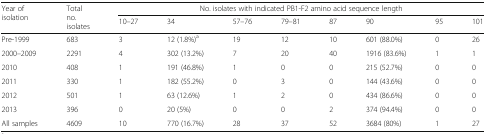
<table><thead><tr><td rowspan="2"><b>Year of isolation</b></td><td rowspan="2"><b>Total no. isolates</b></td><td colspan="8"><b>No. isolates with indicated PB1-F2 amino acid sequence length</b></td></tr><tr><td><b>10–27</b></td><td><b>34</b></td><td><b>57–76</b></td><td><b>79–81</b></td><td><b>87</b></td><td><b>90</b></td><td><b>95</b></td><td><b>101</b></td></tr></thead><tbody><tr><td>Pre-1999</td><td>683</td><td>3</td><td>12 (1.8%)<sup>a</sup></td><td>19</td><td>12</td><td>10</td><td>601 (88.0%)</td><td>0</td><td>26</td></tr><tr><td>2000–2009</td><td>2291</td><td>4</td><td>302 (13.2%)</td><td>7</td><td>20</td><td>40</td><td>1916 (83.6%)</td><td>1</td><td>1</td></tr><tr><td>2010</td><td>408</td><td>1</td><td>191 (46.8%)</td><td>1</td><td>0</td><td>0</td><td>215 (52.7%)</td><td>0</td><td>0</td></tr><tr><td>2011</td><td>330</td><td>1</td><td>182 (55.2%)</td><td>0</td><td>3</td><td>0</td><td>144 (43.6%)</td><td>0</td><td>0</td></tr><tr><td>2012</td><td>501</td><td>1</td><td>63 (12.6%)</td><td>1</td><td>2</td><td>0</td><td>434 (86.6%)</td><td>0</td><td>0</td></tr><tr><td>2013</td><td>396</td><td>0</td><td>20 (5%)</td><td>0</td><td>0</td><td>2</td><td>374 (94.4%)</td><td>0</td><td>0</td></tr><tr><td>All samples</td><td>4609</td><td>10</td><td>770 (16.7%)</td><td>28</td><td>37</td><td>52</td><td>3684 (80%)</td><td>1</td><td>27</td></tr></tbody></table>